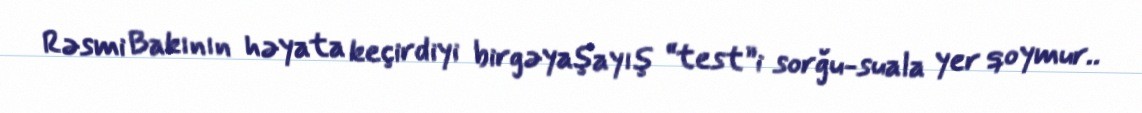
Rəsmi Bakının həyata keçirdiyi birgəyaşayış “test”i sorğu-suala yer qoymur..